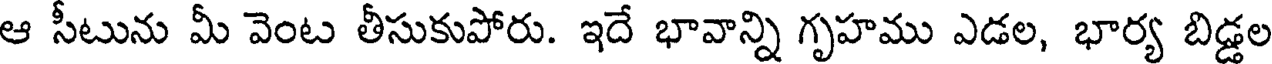
ఆ సీటును మీ వెంట తీసుకుపోరు. ఇదే భావాన్ని గృహము ఎడల, భార్య బిడ్డల